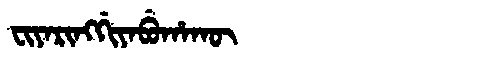
Manchu: ᠸᡳᠶᠠᡵᡳᠩᡤᡳᠶᠠᠪᡠᡥᠠᡴᡡ
Romanization: FIYARINGGIYABUHAKŪ